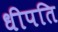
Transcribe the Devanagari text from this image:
धीपति